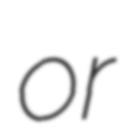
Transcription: or